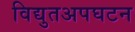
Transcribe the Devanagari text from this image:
विद्युतअपघटन